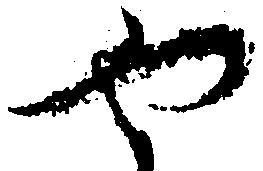
や